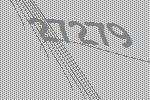
27279